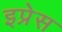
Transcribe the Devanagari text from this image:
इप्रेस